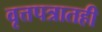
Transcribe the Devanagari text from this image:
वृत्तपत्रातही